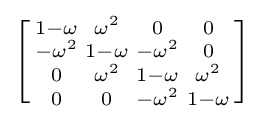
\left[{\begin{smallmatrix}1-\omega &\omega ^{2}&0&0\\-\omega ^{2}&1-\omega &-\omega ^{2}&0\\0&\omega ^{2}&1-\omega &\omega ^{2}\\0&0&-\omega ^{2}&1-\omega \end{smallmatrix}}\right]